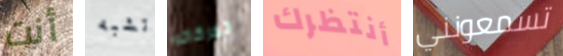
أنت تشبه تحركاته أنتظرك تسمعونني